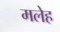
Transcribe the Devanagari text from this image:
मलेह